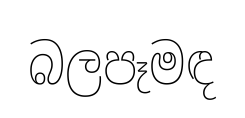
බලපෑමඳ